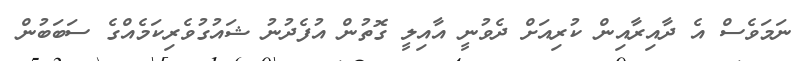
ނަމަވެސް އެ ދާއިރާއިން ކުރިއަށް ދެވުނީ އާއިލީ ގޮތުން އުފެދުނު ޝައުގުވެރިކަމެއްގެ ސަބަބުން